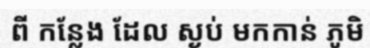
ពី កន្លែង ដែល ស្ងប់ មកកាន់ ភូមិ